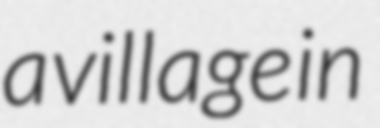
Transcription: a village in